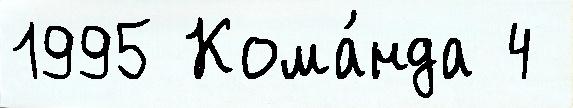
1995 Кома́нда 4